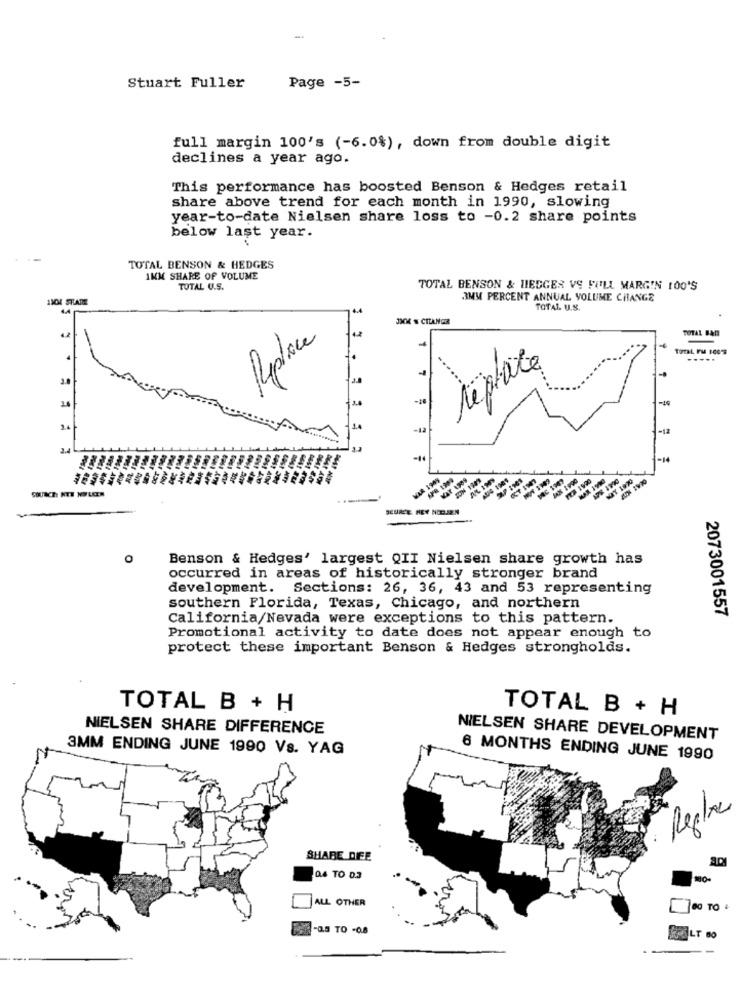
-
Stuart Fuller
Page -5-
full margin 100's (-6.0%), down from double digit
declines a year ago.
This performance has boosted Benson & Hedges retail
share above trend for each month in 1990, slowing
year-to-date Nielsen share loss to -0.2 share points
below last year.
TOTAL BENSON & HEDGES
IKM SHARE OF VOLUME
TOTAL U.S.
TOTAL BENSON & LEDGER VS FULL MARGIN 100'S
1101 STARE
3MM PERCENT ANNUAL VOLUME CHANGE
TOTAL U.S.
JKM & CILANGER
TOTAL BAT
Replace
replace
7
-16
2.
-14
AL INO
PXX 1990
SOURCE HEY NOS.JE.N
o
Benson & Hedges' largest QII Nielsen share growth has
occurred in areas of historically stronger brand
development. Sections: 26, 36, 43 and 53 representing
southern Florida, Texas, Chicago, and northern
California/Nevada were exceptions to this pattern.
2073001557
Promotional activity to date does not appear enough to
protect these important Benson & Hedges strongholds.
TOTAL B + H
TOTAL B + H
NIELSEN SHARE DIFFERENCE
NIELSEN SHARE DEVELOPMENT
3MM ENDING JUNE 1990 Vs. YAG
6 MONTHS ENDING JUNE 1990
Replace
SHARE DIEE
04 TO 0.3
ALL OTHER